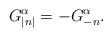
LaTeX: \begin{align*}G_{\left| n\right| }^{\alpha }=-G_{-n}^{\alpha }.\end{align*}